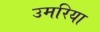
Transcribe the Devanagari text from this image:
उमरिया